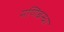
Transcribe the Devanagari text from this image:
मणिबन्धा